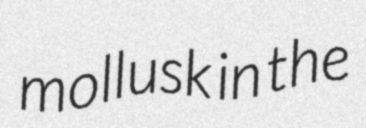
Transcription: mollusk in the